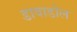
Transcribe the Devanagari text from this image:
डावाडोल